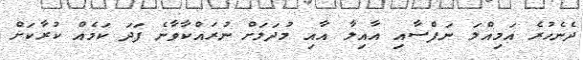
ދެނެހުރެ އަމިއްލަ ނަފްސާއި އާއިލާ އާއި މުދަލަށް ނުރައްކާވާނެ ފަދަ ކަމެއް ކުރާކަށް